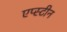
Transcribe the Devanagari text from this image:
एप्स्टीन